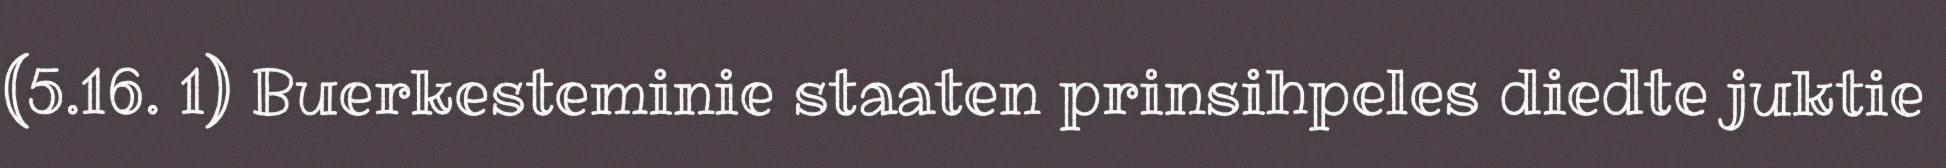
(5.16. 1) Buerkesteminie staaten prinsihpeles diedte juktie